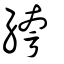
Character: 絝